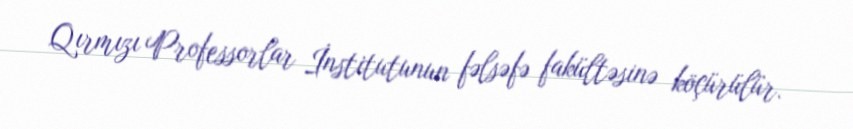
Qırmızı Professorlar İnstitutunun fəlsəfə fakültəsinə köçürülür.